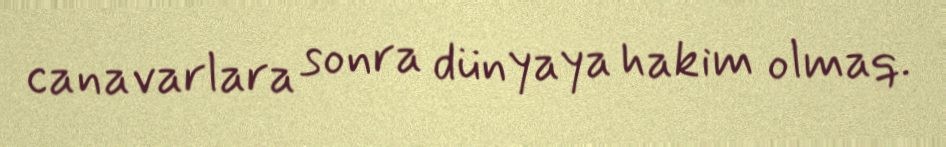
canavarlara sonra dünyaya hakim olmaq.